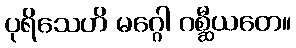
ပုရိသေဟိ မဂ္ဂေါ ဂစ္ဆီယတေ။